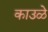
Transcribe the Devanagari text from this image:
काउळे